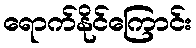
ရောက်နိုင်ကြောင်း